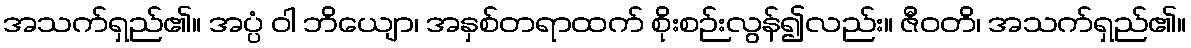
အသက်ရှည်၏။ အပ္ပံ ဝါ ဘိယျော၊ အနှစ်တရာထက် စိုးစဉ်းလွန်၍လည်း။ ဇီဝတိ၊ အသက်ရှည်၏။